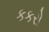
કકરો